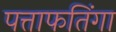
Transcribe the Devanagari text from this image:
पत्ताफतिंगा